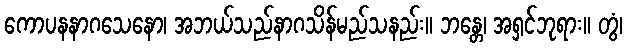
ကောပနနာဂသေနော၊ အဘယ်သည်နာဂသိန်မည်သနည်း။ ဘန္တေ၊ အရှင်ဘုရား။ တွံ၊